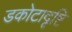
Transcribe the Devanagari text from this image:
डकोटादृष्टि